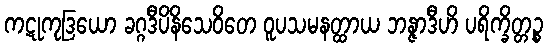
ကဋုကုဒြယော ခဂ္ဂဒီပိနိသေဝိတေ ဝူပသမနတ္ထာယ ဘန္ဇာဒီဟိ ပရိက္ခိတ္တဉ္စ